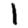
Digit: 1